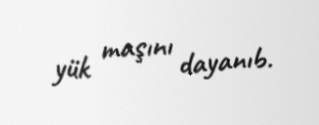
yük maşını dayanıb.